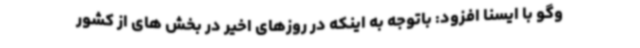
وگو با ایسنا افزود: باتوجه به اینکه در روزهای اخیر در بخش های از کشور